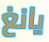
يانغ